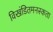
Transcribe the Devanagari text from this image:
विखंडितमनस्कता